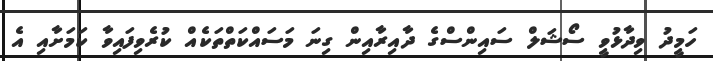
ހަމީދު ވިދާޅުވީ ސޯޝަލް ސައިންސްގެ ދާއިރާއިން ގިނަ މަސައްކަތްތަކެއް ކުރެވިފައިވާ ކަމަށާއި އެ